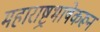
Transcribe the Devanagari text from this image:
महाराष्ट्रभाषेकरून